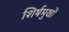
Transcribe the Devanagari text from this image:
शिर्षमुखों